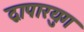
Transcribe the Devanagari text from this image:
द्वापारयुग